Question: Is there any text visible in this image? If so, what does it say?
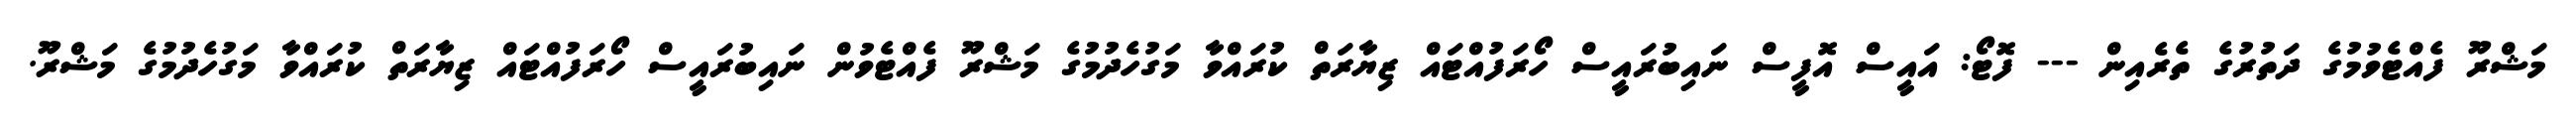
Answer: މަޝްރޫ ފެއްޓެވުމުގެ ދަތުރުގެ ތެރެއިން --- ފޮޓޯ: އައީސް އޮފީސް ނައިބުރައީސް ހޯރަފުއްޓައް ޒިޔާރަތް ކުރައްވާ މަގުހެދުމުގެ މަޝްރޫ ފެއްޓެވުން ނައިބުރައީސް ހޯރަފުއްޓައް ޒިޔާރަތް ކުރައްވާ މަގުހެދުމުގެ މަޝްރޫ.